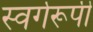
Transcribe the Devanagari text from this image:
स्वर्गरूपी